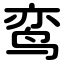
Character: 鸾